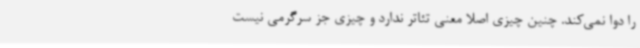
را دوا نمی‌کند. چنین چیزی اصلا معنی تئاتر ندارد و چیزی جز سرگرمی نیست